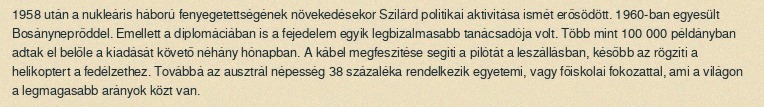
1958 után a nukleáris háború fenyegetettségének növekedésekor Szilárd politikai aktivitása ismét erősödött. 1960-ban egyesült Bosányneprőddel. Emellett a diplomáciában is a fejedelem egyik legbizalmasabb tanácsadója volt. Több mint 100 000 példányban adtak el belőle a kiadását követő néhány hónapban. A kábel megfeszítése segíti a pilótát a leszállásban, később az rögzíti a helikoptert a fedélzethez. Továbbá az ausztrál népesség 38 százaléka rendelkezik egyetemi, vagy főiskolai fokozattal, ami a világon a legmagasabb arányok közt van.